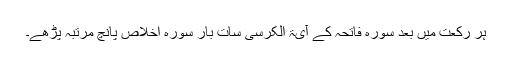
ہر رکعت میں بعد سورہ فاتحہ کے آیۃ الکرسی سات بار سورہ اخلاص پانچ مرتبہ پڑھے۔